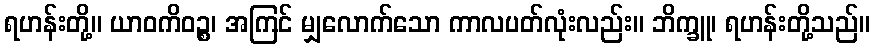
ရဟန်းတို့။ ယာဝကိဝဉ္စ၊ အကြင် မျှလောက်သော ကာလပတ်လုံးလည်း။ ဘိက္ခူ၊ ရဟန်းတို့သည်။